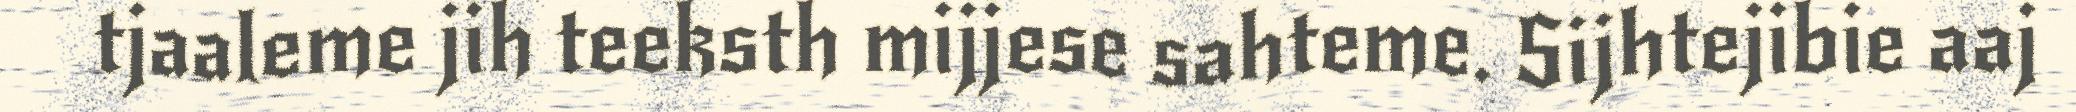
tjaaleme jih teeksth mijjese sahteme. Sijhtejibie aaj